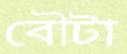
বৌটা